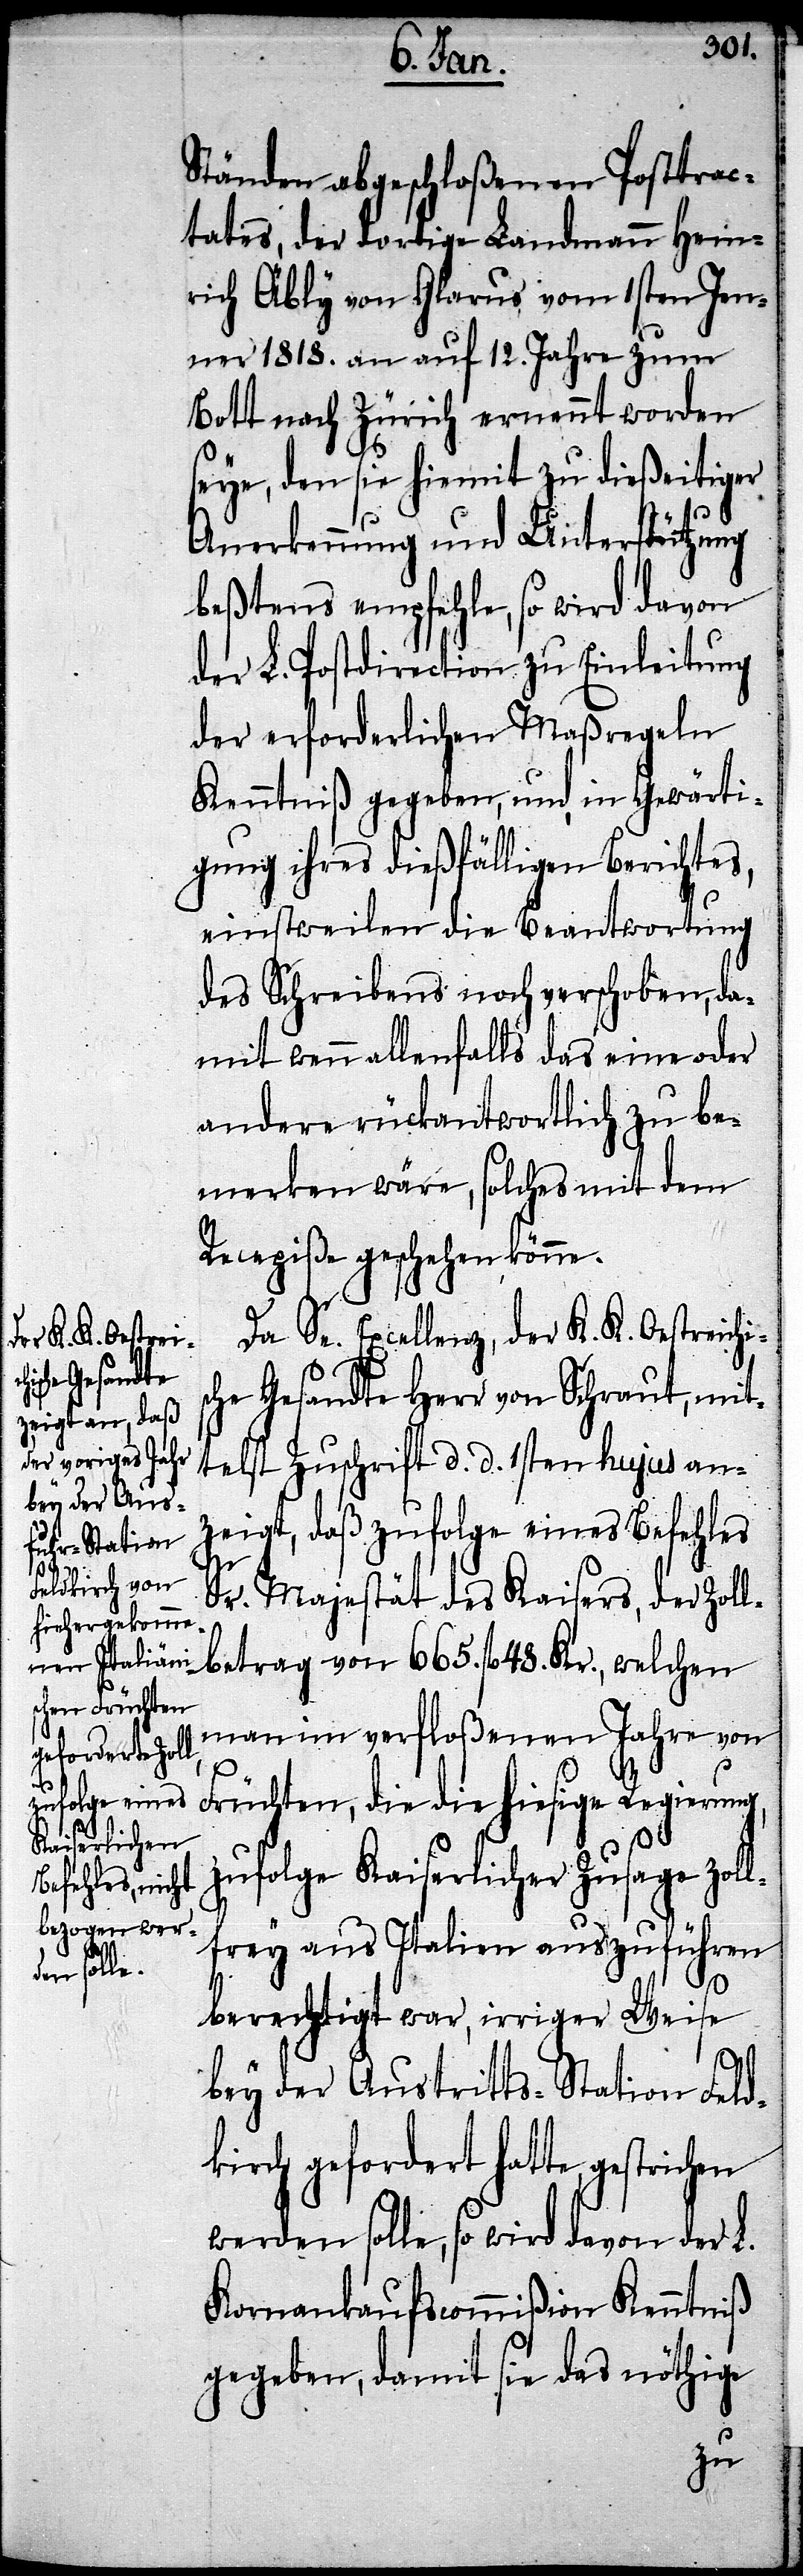
lbetrag von
665.

Ständen abgeschloßenen Posttrac¬
tates, der dortige Landmann Hein¬
rich Äbly von Glarus vom 1sten Jen¬
ner 1818. an auf 12. Jahre zum
Bott nach Zürich ernennt worden
seye, den sie hiemit zu dießeitiger
Anerkennung und Unterstützung
beßtens empfehle, so wird davon
der L. Postdirection zu Einleitung
der erforderlichen Maßregeln
Kenntniß gegeben, und, in Gewärti¬
gung ihres dießfälligen Berichtes,
einstweilen die Beantwortung
des Schreibens noch verschoben, da¬
mit wenn allenfalls das eine oder
andere rückantwortlich zu be¬
merken wäre, solches mit dem
Recepiße geschehen könne.
Da Se. Excellenz, der K. K. Oestreichis¬
che Gesandte Herr von Schraut, mit¬
telst Zuschrift d. d. 1sten hujus an¬
zeigt, daß zufolge eines Befehles
Sr. Majestät des Kaisers, der Zol¬
man im verfloßenen Jahre von
Früchten, die die hiesige Regierung,
zufolge kaiserlicher Zusage Zoll¬
frey aus Italien auszuführen
berechtigt war, irriger Weise
bey der Austritts-Station Feld¬
kirch gefordert hatte,
werden solle, so wird davon der L.
Kornankaufscommißion Kenntniß
gegeben, damit sie das nöthige